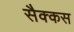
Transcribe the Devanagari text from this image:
सैक्कस